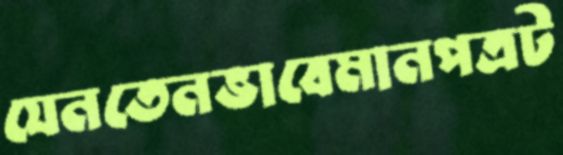
যেনতেনভাবেমানপত্রট